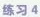
练习4